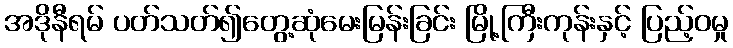
အဒိုနီရမ် ပတ်သတ်၍တွေ့ဆုံမေးမြန်းခြင်း မြို့ကြီးကုန်းနှင့် ပြည့်ဝမှု